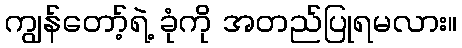
ကျွန်တော့်ရဲ့ ခုံကို အတည်ပြုရမလား။